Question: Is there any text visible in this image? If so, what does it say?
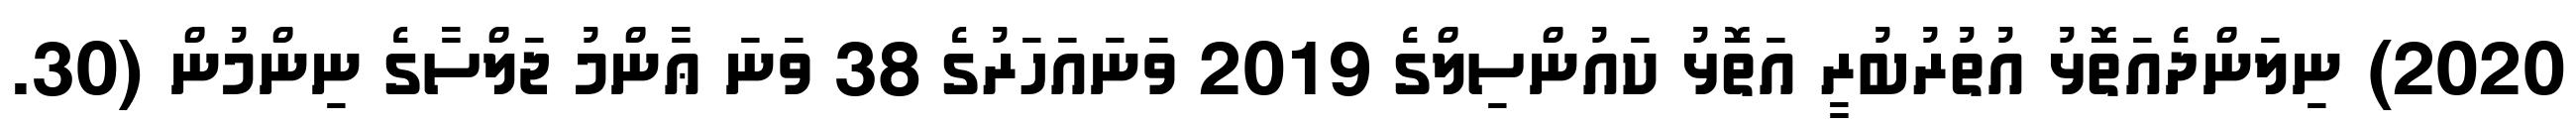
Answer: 2020) ނިލަންދެއަތޮޅު އުތުރުބުރީ އަތޮޅު ކައުންސިލްގެ 2019 ވަނައަހަރުގެ 38 ވަނަ ޢާންމު ޖަލްސާގެ ނިންމުން (30.